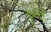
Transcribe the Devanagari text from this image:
कुन्दी